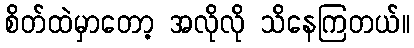
စိတ်ထဲမှာတော့ အလိုလို သိနေကြတယ်။